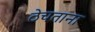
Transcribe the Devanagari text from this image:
ठेचताना